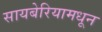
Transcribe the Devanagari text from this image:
सायबेरियामधून